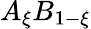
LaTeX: A_{\xi}B_{1-{\xi}}